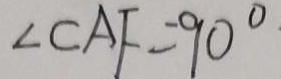
\angle C A F = 9 0 ^ { \circ } \cdot